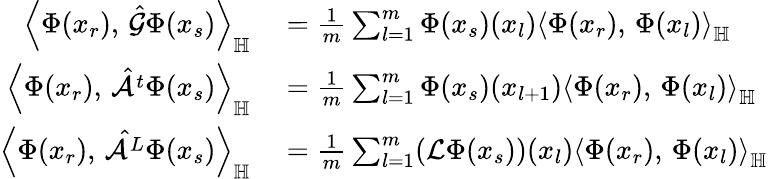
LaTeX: \begin{array}{rl}{\left\langle\Phi(x_{r}),\, \hat{\mathcal{G}}\Phi(x_{s})\right\rangle_{\mathbb{H}}}&{{}=\frac{1}{m}\sum_{l=1}^{m}\Phi(x_{s})(x_{l})\left\langle\Phi(x_{r}),\, \Phi(x_{l})\right\rangle_{\mathbb{H}}}\\ {\left\langle\Phi(x_{r}),\, \hat{\mathcal{A}^{t}}\Phi(x_{s})\right\rangle_{\mathbb{H}}}&{{}=\frac{1}{m}\sum_{l=1}^{m}\Phi(x_{s})(x_{l+1})\left\langle\Phi(x_{r}),\, \Phi(x_{l})\right\rangle_{\mathbb{H}}}\\ {\left\langle\Phi(x_{r}),\, \hat{\mathcal{A}^{L}}\Phi(x_{s})\right\rangle_{\mathbb{H}}}&{{}=\frac{1}{m}\sum_{l=1}^{m}(\mathcal{L}\Phi(x_{s}))(x_{l})\left\langle\Phi(x_{r}),\, \Phi(x_{l})\right\rangle_{\mathbb{H}}}\end{array}